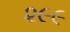
૨૯૯